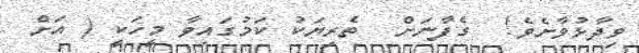
ވިދާޅުވާށެވެ!  ގެފާނަށް  ތެރިޔަކު ކަމުގައިވާ މީހަކީ ( އަށް